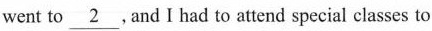
went to \underline{2} . And I had to attend special classes to